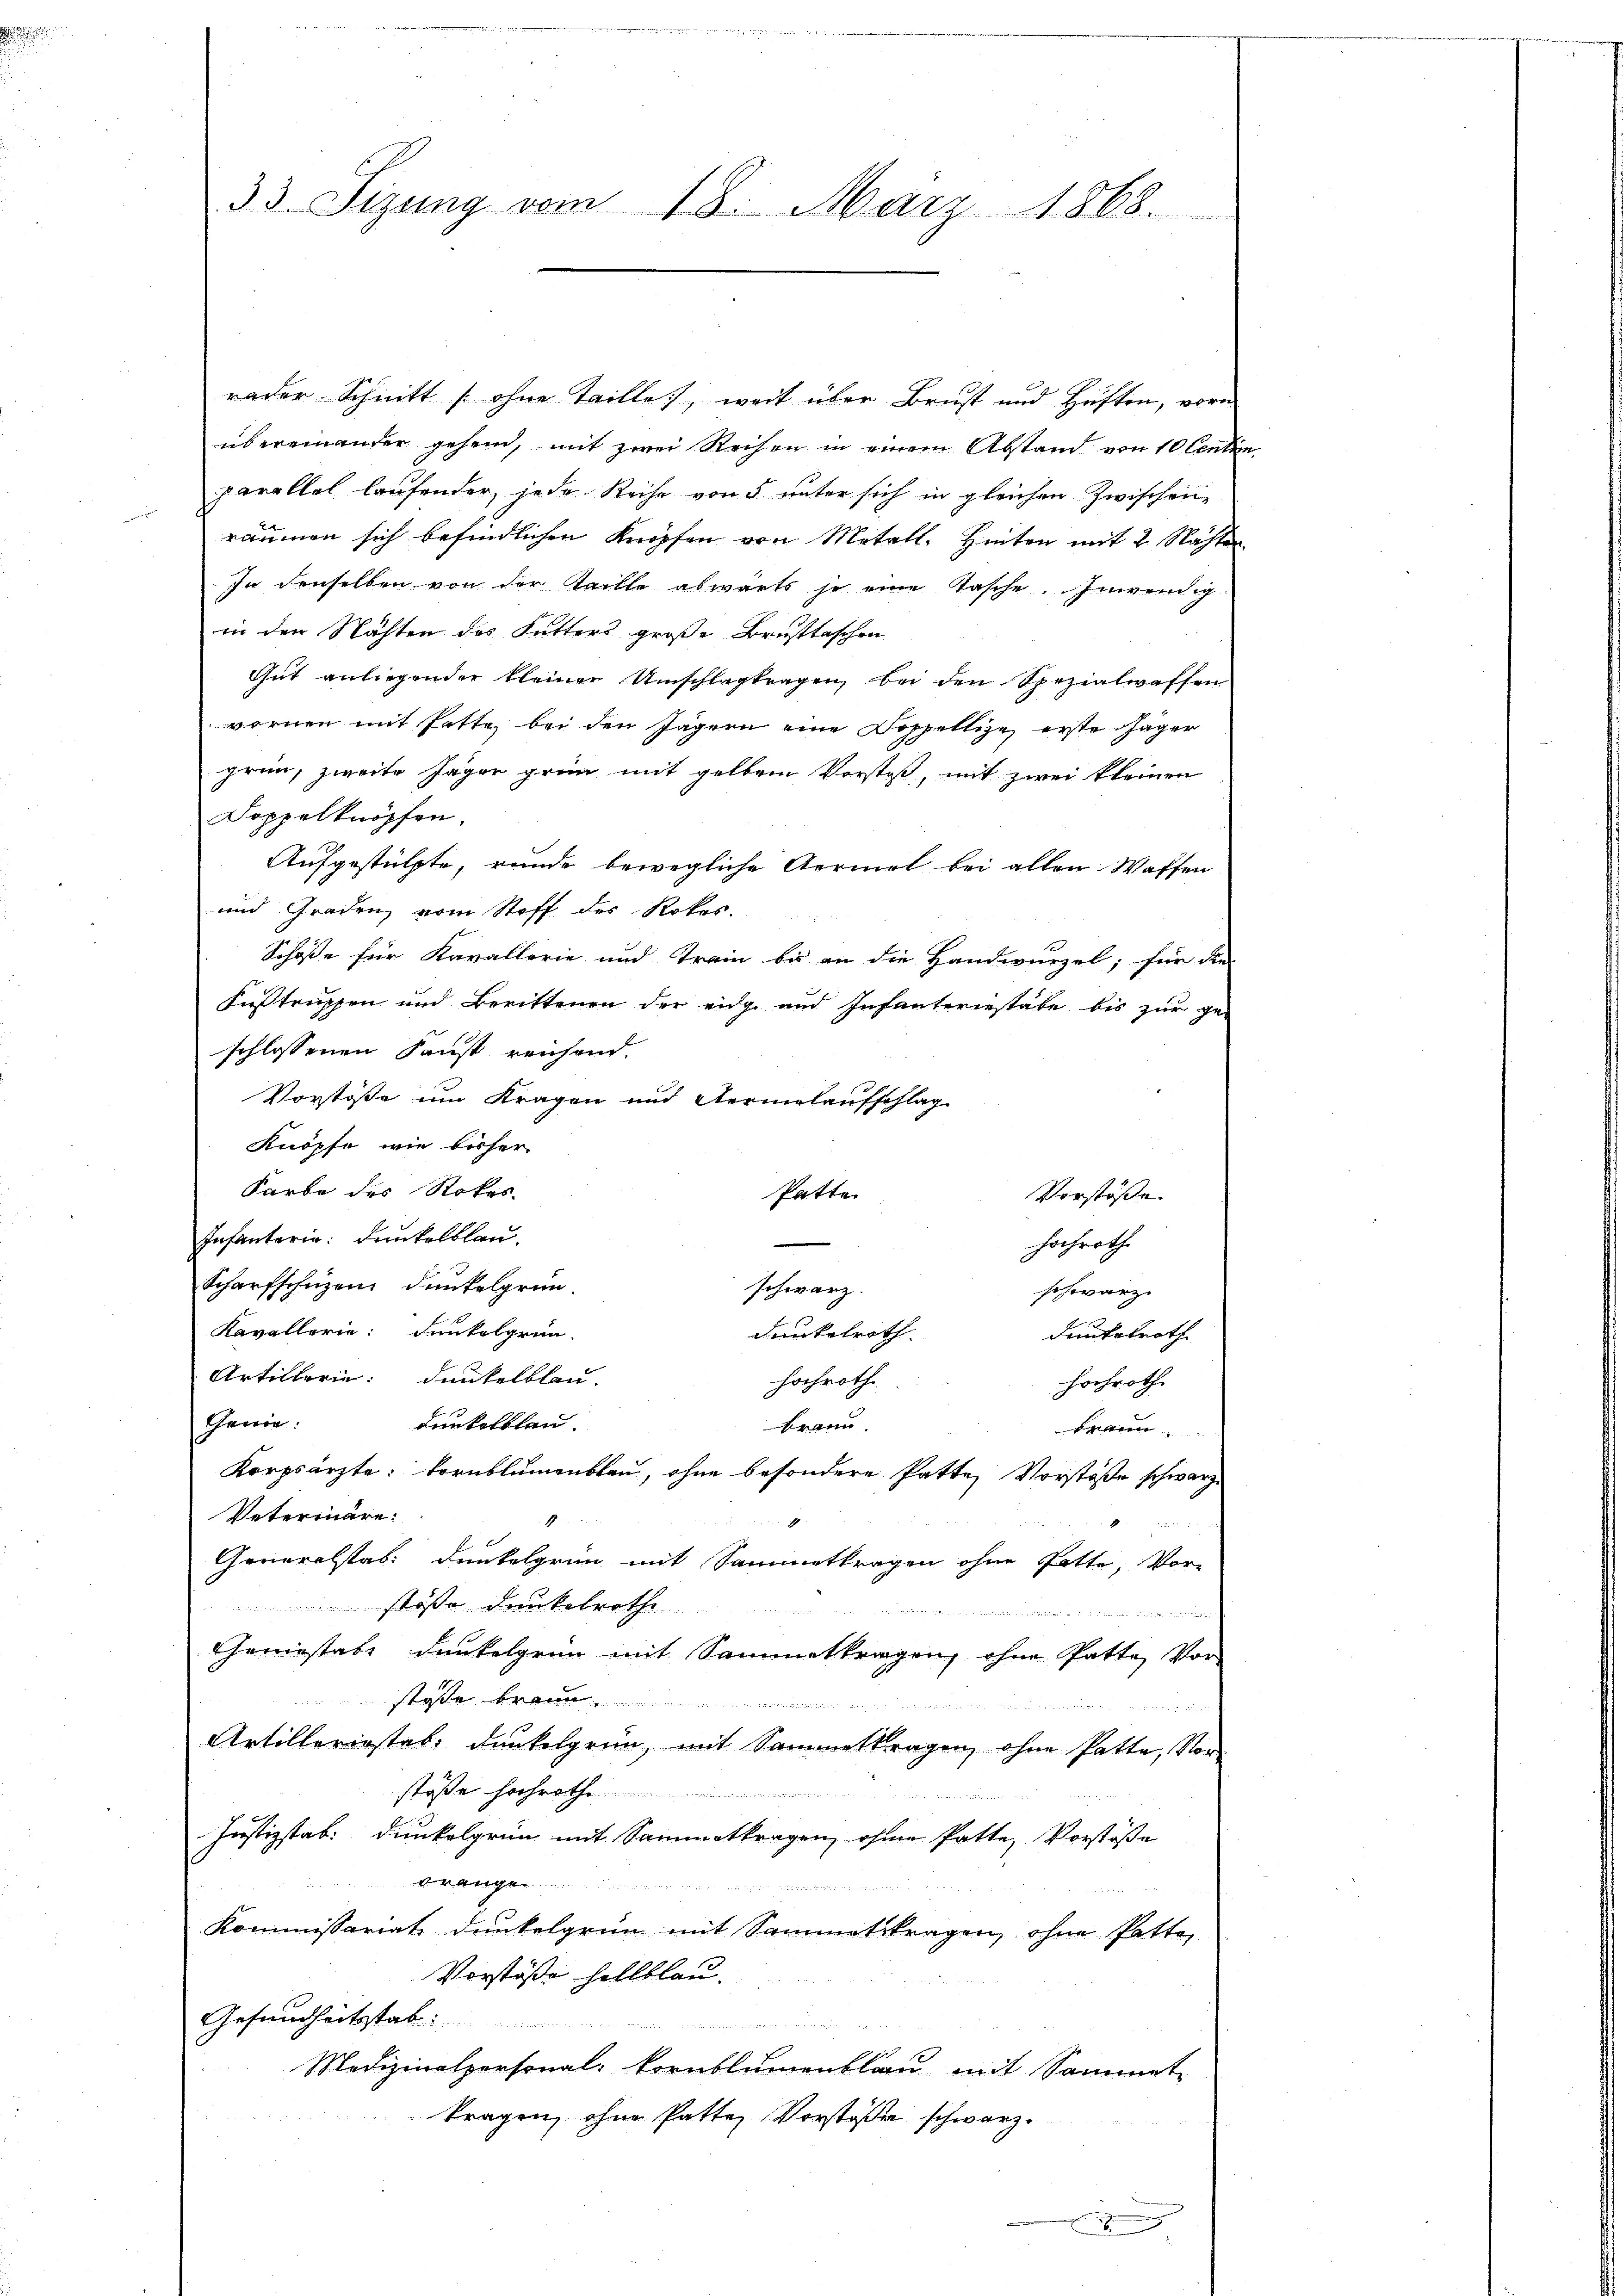
33. Sizung vom 18. März 1868.

rader Schnitt [ohne taille, weit über Brust und Hüften, vore
übereinander gehen, mit zwei Rechen in einem Abstand von 10 Centen
parallel laufender, jede Reihe von 5 unter sich in gleichen Zwischene
räumen sich befindlichen Knöpfen von Metall, Hinter mit 2 Nachter.
In denselben von der Teille abwärts je eine Tasche. Inwendig
in den Nächten des Futters große Brusttaschen
Gut anliegender kleiner Umschlag tragen, bei den Spezialwaffen
vornen mit hette, bei den Jägern eine Doppellige erste Jäger
grün, zweite Jäger grün mit gelben Vorstoß, mit zwei kleinen
Doppelknöpfen,
Aufgestützte, runde bewegliche Aermel bei allen Waffen
und Graden vom Stoff des Rokos.
Schöße für Kavallerie und Train bis an die Handwurzel; für die
Fustrissen und Berittenen der eidge und Infanteriestabe bis zur ge-
schlossenen Sonst reichend.
Vorstöße um Kragen und Normelaufschlag
Knöpfe, wie bisher
Karbe des Sokos
Patte
Vorstöße.
Infanterin: Dunkelblauhochroth
Scharfschüzen dunkelgrünschwarz.
schwarz
Kavallerin: Dunkelgrün-
Dunkelroth
dunkelroth
Artillerie Dunkelblau-
hochroth
hochroth
Genie:
dunkelblau.
Brann
Be
Korpsärzte: Fornblumenblau, ohne besondere Patte, Vorstöße schwarz
Vetermäre:
1
1

Generalstab. Dunkelgrün mit Sammettragen ohne Gatte, Vor-
stosse Dunkelrothe
nien er in Kritie
Geniestate dunkelgrün mit Sammettragen, ohne Gatte, Vorstaße braun

Artilleriestab, dunkelgrün, mit Sammettragen, ohne Patte, Vorstaße hochroth
Justizstab. Dunkelgrün mit Sammettragen, ohne Patte, Vorstöße
ge
Kommissariat dunkelgrün mit Sammelstragen, ohne Patte,
Vorstöße hellblau.
Gesundheitsstab:
de                                        vernach an die Kennt werde stehen Rechte eine
s
Medizinalpersonal- Kornblumenblau mit Sammet
tragen, ohne Patte, Vorstöße schwarz¬